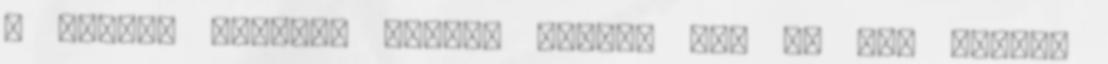
a magyar piactól Komoly sikert ért el egy magyar